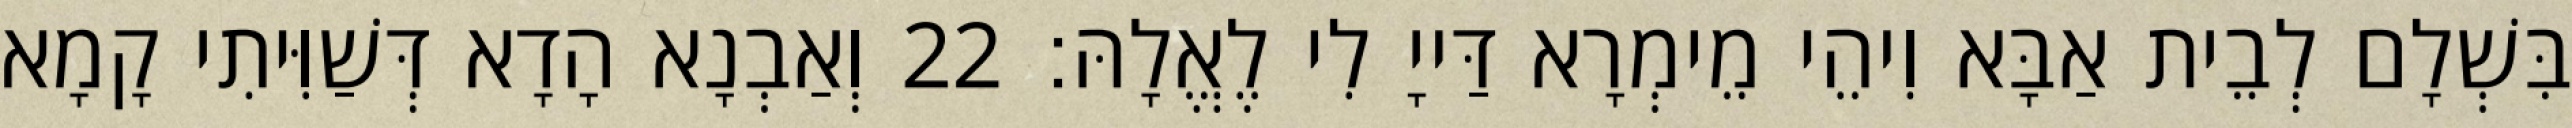
בִּשְׁלָם לְבֵית אַבָּא וִיהֵי מֵימְרָא דַּייָ לִי לֶאֱלָהּ׃ 22 וְאַבְנָא הָדָא דְּשַׁוִּיתִי קָמָא